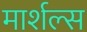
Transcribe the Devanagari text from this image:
मार्शल्स